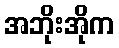
အဘိုးအိုက